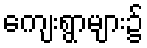
ကျေးရွာများ၌